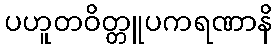
ပဟူတဝိတ္တူပကရဏာနိ